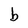
Character: b